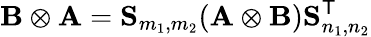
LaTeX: \mathbf{B}\otimes\mathbf{A}=\mathbf{S}_{m_{1},m_{2}}(\mathbf{A}\otimes\mathbf{B})\mathbf{S}_{n_{1},n_{2}}^{\textsf{T}}